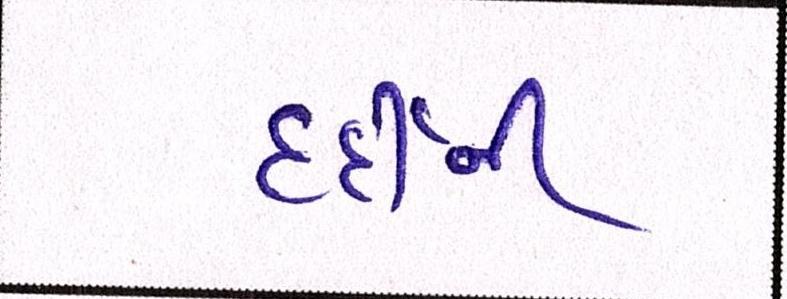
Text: દર્દીની